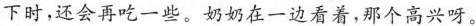
下时，还会再吃一些。奶妈在一边看着，那个高兴呀。